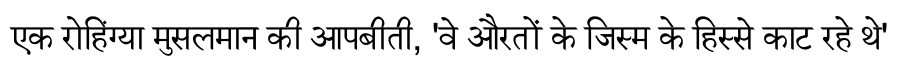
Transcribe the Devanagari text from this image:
एक रोहिंग्या मुसलमान की आपबीती, 'वे औरतों के जिस्म के हिस्से काट रहे थे'